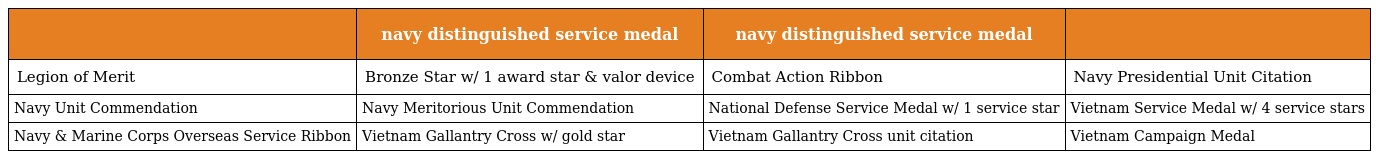
|  | navy distinguished service medal | navy distinguished service medal |  |
 | --- | --- | --- | --- |
 | Legion of Merit | Bronze Star w/ 1 award star & valor device | Combat Action Ribbon | Navy Presidential Unit Citation |
 | Navy Unit Commendation | Navy Meritorious Unit Commendation | National Defense Service Medal w/ 1 service star | Vietnam Service Medal w/ 4 service stars |
 | Navy & Marine Corps Overseas Service Ribbon | Vietnam Gallantry Cross w/ gold star | Vietnam Gallantry Cross unit citation | Vietnam Campaign Medal |